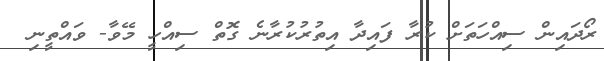
ރޯދައިން ސިއްހަތަށް ކުރާ ފައިދާ އިތުރުކުރާނެ ގޮތް ސިއްހީ މޭވާ- ވައްތީނި